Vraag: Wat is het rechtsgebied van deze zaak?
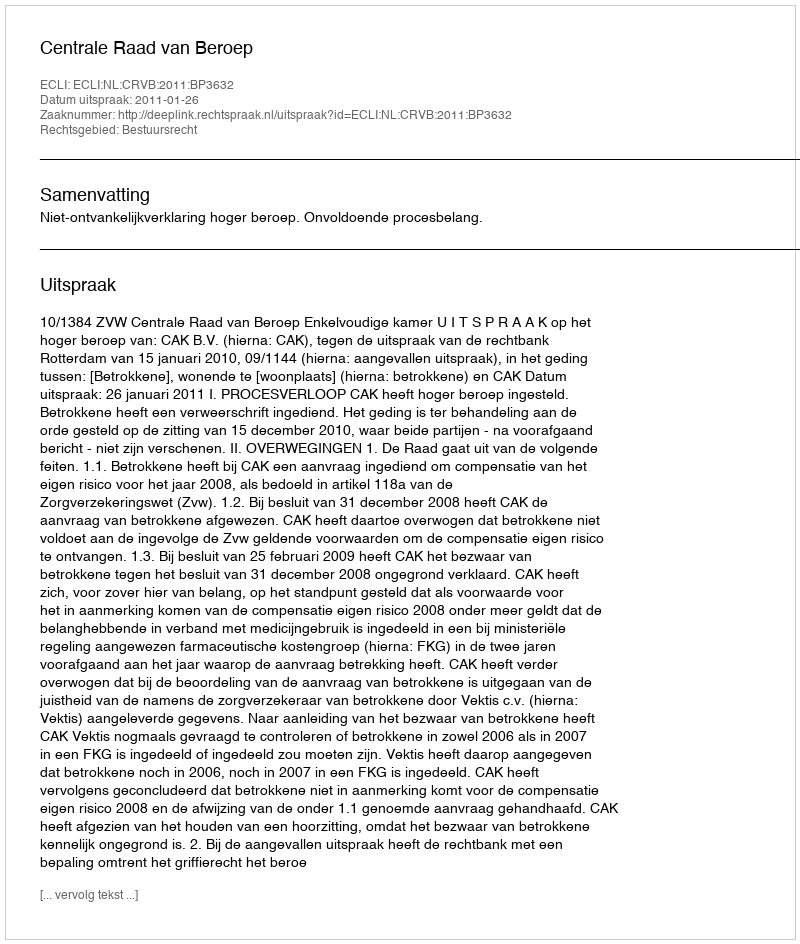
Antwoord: Bestuursrecht